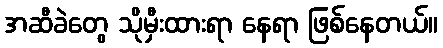
အဆီခဲတွေ သိုမှီးထားရာ နေရာ ဖြစ်နေတယ်။